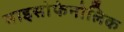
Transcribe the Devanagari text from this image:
माइसोफेनोलिक